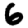
Digit: 6